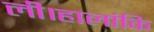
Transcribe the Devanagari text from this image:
ली।हालांकि